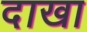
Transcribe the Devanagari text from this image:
दाखा